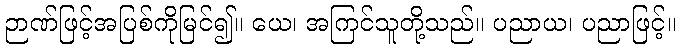
ဉာဏ်ဖြင့်အပြစ်ကိုမြင်၍။ ယေ၊ အကြင်သူတို့သည်။ ပညာယ၊ ပညာဖြင့်။